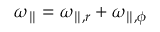
\omega _ { \parallel } = \omega _ { \parallel , r } + \omega _ { \parallel , \phi }